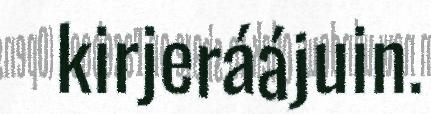
kirjeráájuin.